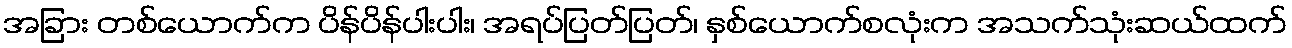
အခြား တစ်ယောက်က ပိန်ပိန်ပါးပါး၊ အရပ်ပြတ်ပြတ်၊ နှစ်ယောက်စလုံးက အသက်သုံးဆယ်ထက်